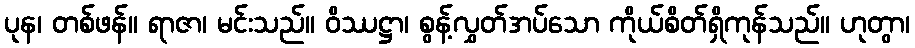
ပုန၊ တစ်ဖန်။ ရာဇာ၊ မင်းသည်။ ဝိဿဋ္ဌာ၊ စွန့်လွှတ်အပ်သော ကိုယ်စိတ်ရှိကုန်သည်။ ဟုတွာ၊